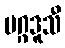
မဂ္ဂဒူသီ